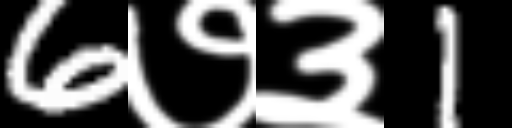
Text: 6७३1